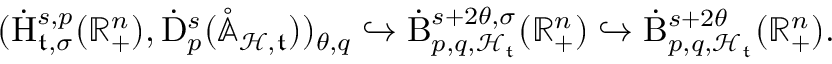
\begin{array} { r } { ( \dot { \mathrm { H } } _ { \mathfrak { t } , \sigma } ^ { s , p } ( \mathbb { R } _ { + } ^ { n } ) , \dot { \mathrm { D } } _ { p } ^ { s } ( \mathring { \mathbb { A } } _ { \mathcal { H } , \mathfrak { t } } ) ) _ { \theta , q } \hookrightarrow \dot { \mathrm { B } } _ { p , q , \mathcal { H } _ { \mathfrak { t } } } ^ { s + 2 \theta , \sigma } ( \mathbb { R } _ { + } ^ { n } ) \hookrightarrow \dot { \mathrm { B } } _ { p , q , \mathcal { H } _ { \mathfrak { t } } } ^ { s + 2 \theta } ( \mathbb { R } _ { + } ^ { n } ) \mathrm { . ~ } } \end{array}